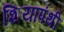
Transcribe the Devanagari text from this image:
शियापंथी